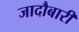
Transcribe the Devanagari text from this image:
जादौबारी